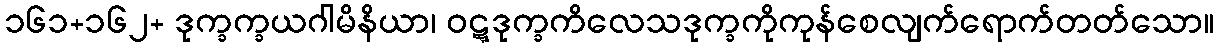
၁၆၁+၁၆၂+ ဒုက္ခက္ခယဂါမိနိယာ၊ ဝဋ္ဋဒုက္ခကိလေသဒုက္ခကိုကုန်စေလျက်ရောက်တတ်သော။